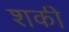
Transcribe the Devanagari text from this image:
शकी